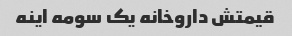
قیمتش داروخانه یک سومه اینه